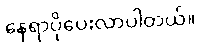
နေရာပိုပေးလာပါတယ်။